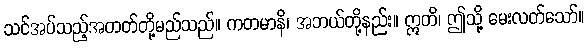
သင်အပ်သည့်အတတ်တို့မည်သည်။ ကတမာနိ၊ အဘယ်တို့နည်း။ ဣတိ၊ ဤသို့ မေးလတ်သော်။